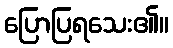
ပြောပြရသေး၏။